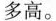
多高。